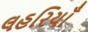
લહરિયાઁ